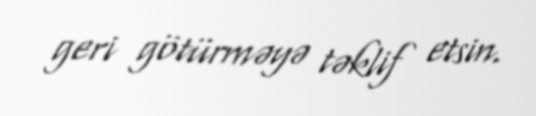
geri götürməyə təklif etsin.